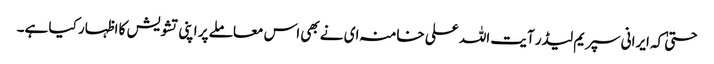
حتیٰ کہ ایرانی سپریم لیڈر آیت اللہ علی خامنہ ای نے بھی اس معاملے پر اپنی تشویش کا اظہار کیا ہے۔